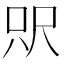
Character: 𰍵